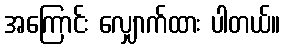
အကြောင်း လျှောက်ထား ပါတယ်။